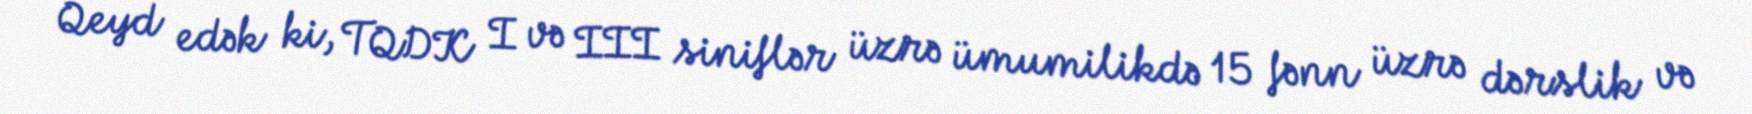
Qeyd edək ki, TQDK I və III siniflər üzrə ümumilikdə 15 fənn üzrə dərslik və